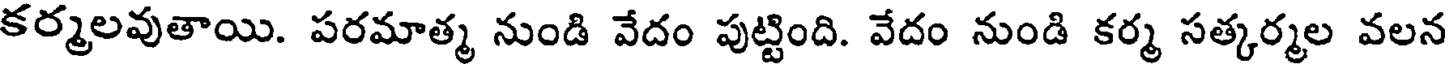
కర్మలవుతాయి. పరమాత్మ నుండి వేదం పుట్టింది. వేదం నుండి కర్మ సత్కర్మల వలన